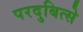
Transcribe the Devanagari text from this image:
परदुबित्से